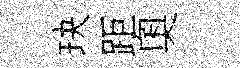
玦距奥